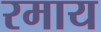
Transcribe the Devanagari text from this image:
रमाय